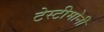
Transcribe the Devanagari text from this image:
टेस्टीमोनी